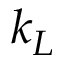
k _ { L }